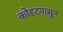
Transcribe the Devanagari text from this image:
कोहटपासून